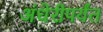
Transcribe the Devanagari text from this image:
अंधेरीपर्यंत